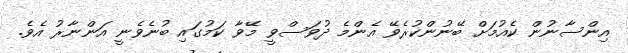
އިންސާނުން ކެއުމަށް ބޭނުންކުރެވޭ އެންމެ ދުވަސްވީ މޭވާ ކަމުގައި ބުނެވެނީ އަންނާރު އެވެ.